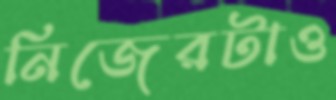
নিজেরটাও